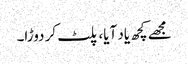
مجھے کچھ یاد آیا، پلٹ کر دوڑا۔